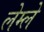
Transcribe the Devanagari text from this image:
लेम्ले